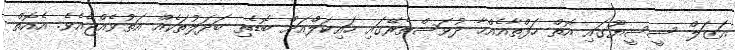
އަޒަލް ސީސީޔޫގައި އޮތް ހަފްތާއެއްހާ ދުވަސްތެރޭގައި ހައިކަލްއަށް ބޮޑެތި ބަދަލުތަކެއް އަތުވެއްޖެއެވެ. އެއޮތް